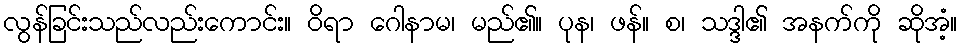
လွန်ခြင်းသည်လည်းကောင်း။ ဝိရာ ဂေါနာမ၊ မည်၏။ ပုန၊ ဖန်။ စ၊ သဒ္ဒါ၏ အနက်ကို ဆိုအံ့။